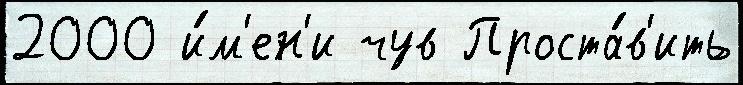
2000 и́м'ен'и чув Проста́в'ить